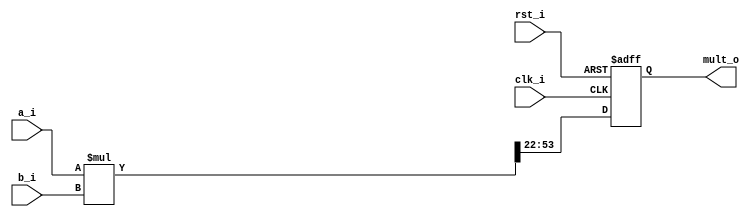
// Name: mult.v
//
// Fixed point multiplier A(a , b ) = A(9,22)
//                        M(ap, bp) = M(19,44)
//						  left_lim  = bp + a = 44 + 9 = 53
//						  right_lim	= bp - b = 44 - 22 = 22

module mult #(
   parameter Width = 32,
   parameter Ent = 9,
   parameter Frac = 22
) (
  input                         rst_i,
  input                         clk_i,
  input      signed [Width-1:0] a_i,
  input      signed [Width-1:0] b_i,
  output reg signed [Width-1:0] mult_o
);

  wire [Width*2-1:0] temp;
  wire   [Width-1:0] mult_w;

  assign temp = a_i * b_i; 
  assign mult_w = temp[Frac*2+Ent:Frac];

  always @(posedge clk_i, posedge rst_i) begin
    if (rst_i) begin 
      mult_o <= 0;
    end else begin
      mult_o <= mult_w;
    end
  end  

endmodule